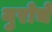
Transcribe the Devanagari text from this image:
युरोचे